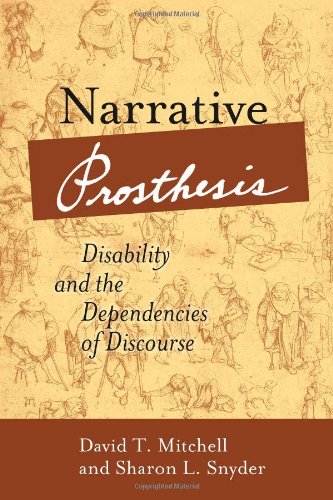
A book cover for Narrative Prosthesis: Disability and the Dependencies of Discourse (Corporealities: Discourses of Disability); David T. Mitchell; Science Fiction & Fantasy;